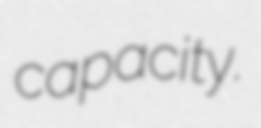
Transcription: capacity.